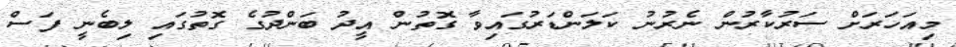
މިއަހަރަށް ސަރުކާރުން ނެރުނު ކަލަންޑަރުގައިވާ ގޮތުން އީދު ބަންދުގެ ގޮތުގައި ލިބެނީ ފަސް